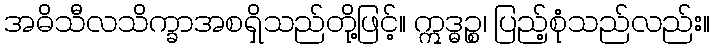
အဓိသီလသိက္ခာအစရှိသည်တို့ဖြင့်။ ဣဒ္ဓဉ္စ၊ ပြည့်စုံသည်လည်း။